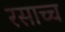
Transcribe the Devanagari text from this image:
रसाच्च